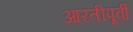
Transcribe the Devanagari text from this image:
आरतीपूर्वी